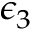
\epsilon _ { 3 }